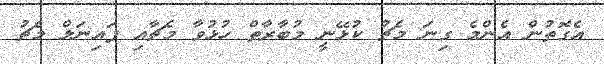
އެގޮތުން އެންމެ ގިނަ މެޗު ކުޅޭނީ މުބާރާތް ހުޅުވާ މެޗާއި ފައިނަލް މެޗު